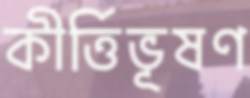
কীর্ত্তিভূষণ